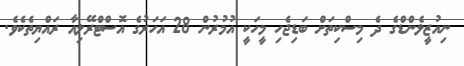
ނިއުޒީލެންޑްގެ ދެ މިސްކިތަށް ބަޑިޖެހި މީހަކީ އުމުރުން 28 އަހަރުގެ އޮސްޓްރޭލިއާ ރައްޔިތެކެވެ.